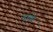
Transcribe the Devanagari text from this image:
दायेर